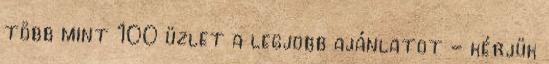
több mint 100 üzlet a legjobb ajánlatot - kérjük